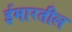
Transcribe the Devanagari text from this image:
ईमारतील